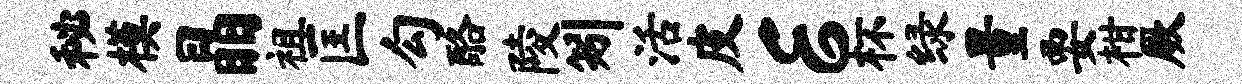
秘模晶祖匡勾酪陵矧活皮E杯绿量要柑厥